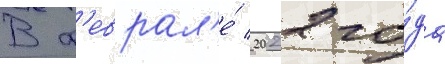
В ф'еврал'е́ 2022 го́да